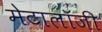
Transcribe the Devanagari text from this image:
मेटालॉजी